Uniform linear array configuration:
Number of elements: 12
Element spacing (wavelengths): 0.75
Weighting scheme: cosine
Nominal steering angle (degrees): -30
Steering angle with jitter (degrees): -28.862
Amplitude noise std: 0.05
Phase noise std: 0.05

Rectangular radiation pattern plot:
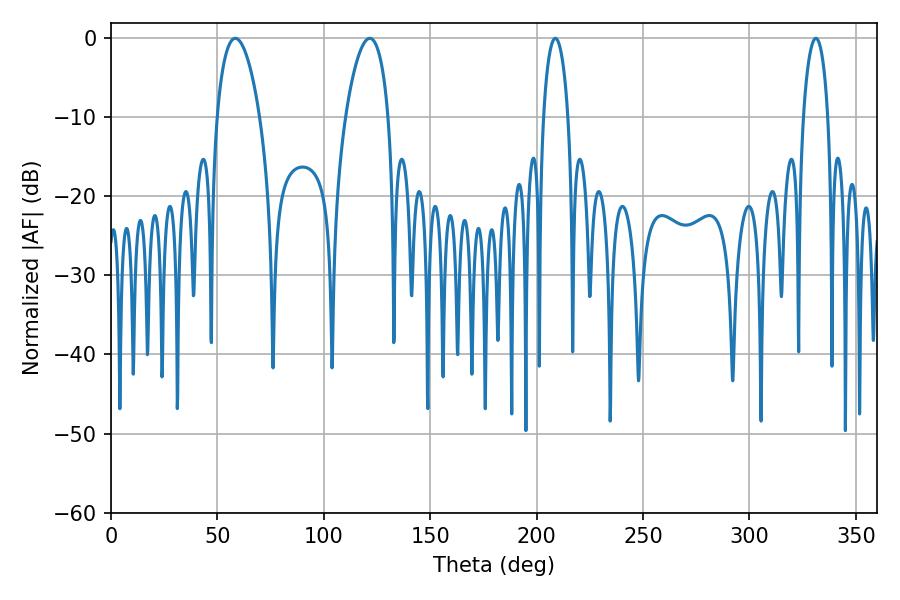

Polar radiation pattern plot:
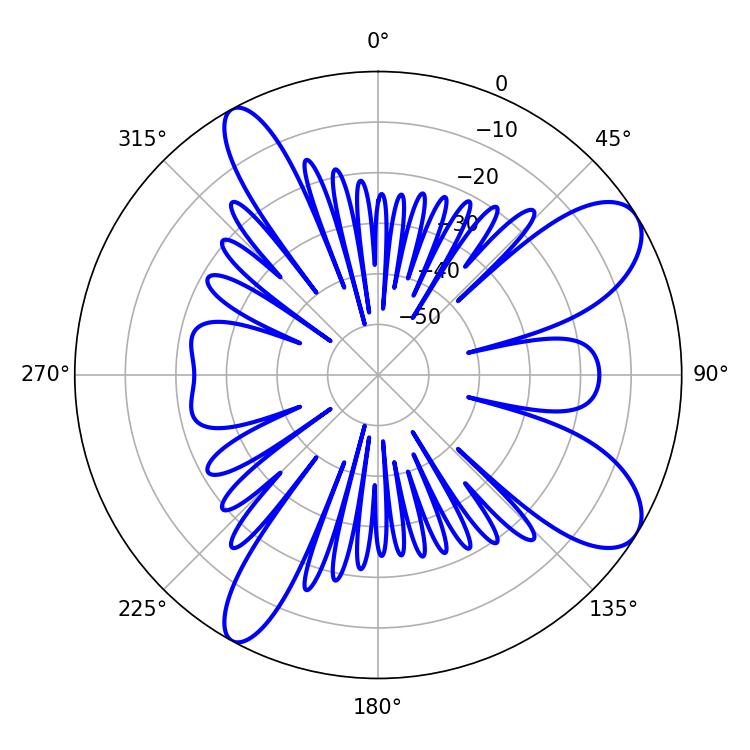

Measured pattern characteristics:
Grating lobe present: TRUE
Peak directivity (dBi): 9.189
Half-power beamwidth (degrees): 6.66
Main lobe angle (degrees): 208.8